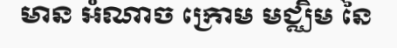
មាន អំណាច ក្រោម មជ្ឈិម នៃ